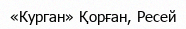
«Курган» Қорған, Ресей